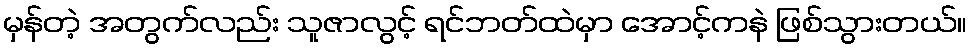
မှန်တဲ့ အတွက်လည်း သူဇာလွင့် ရင်ဘတ်ထဲမှာ အောင့်ကနဲ ဖြစ်သွားတယ်။